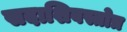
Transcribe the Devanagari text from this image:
सदाशिवस्तोत्र